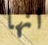
انها